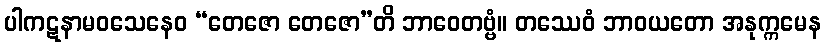
ပါကဋနာမဝသေနေဝ “တေဇော တေဇော”တိ ဘာဝေတဗ္ဗံ။ တဿေဝံ ဘာဝယတော အနုက္ကမေန